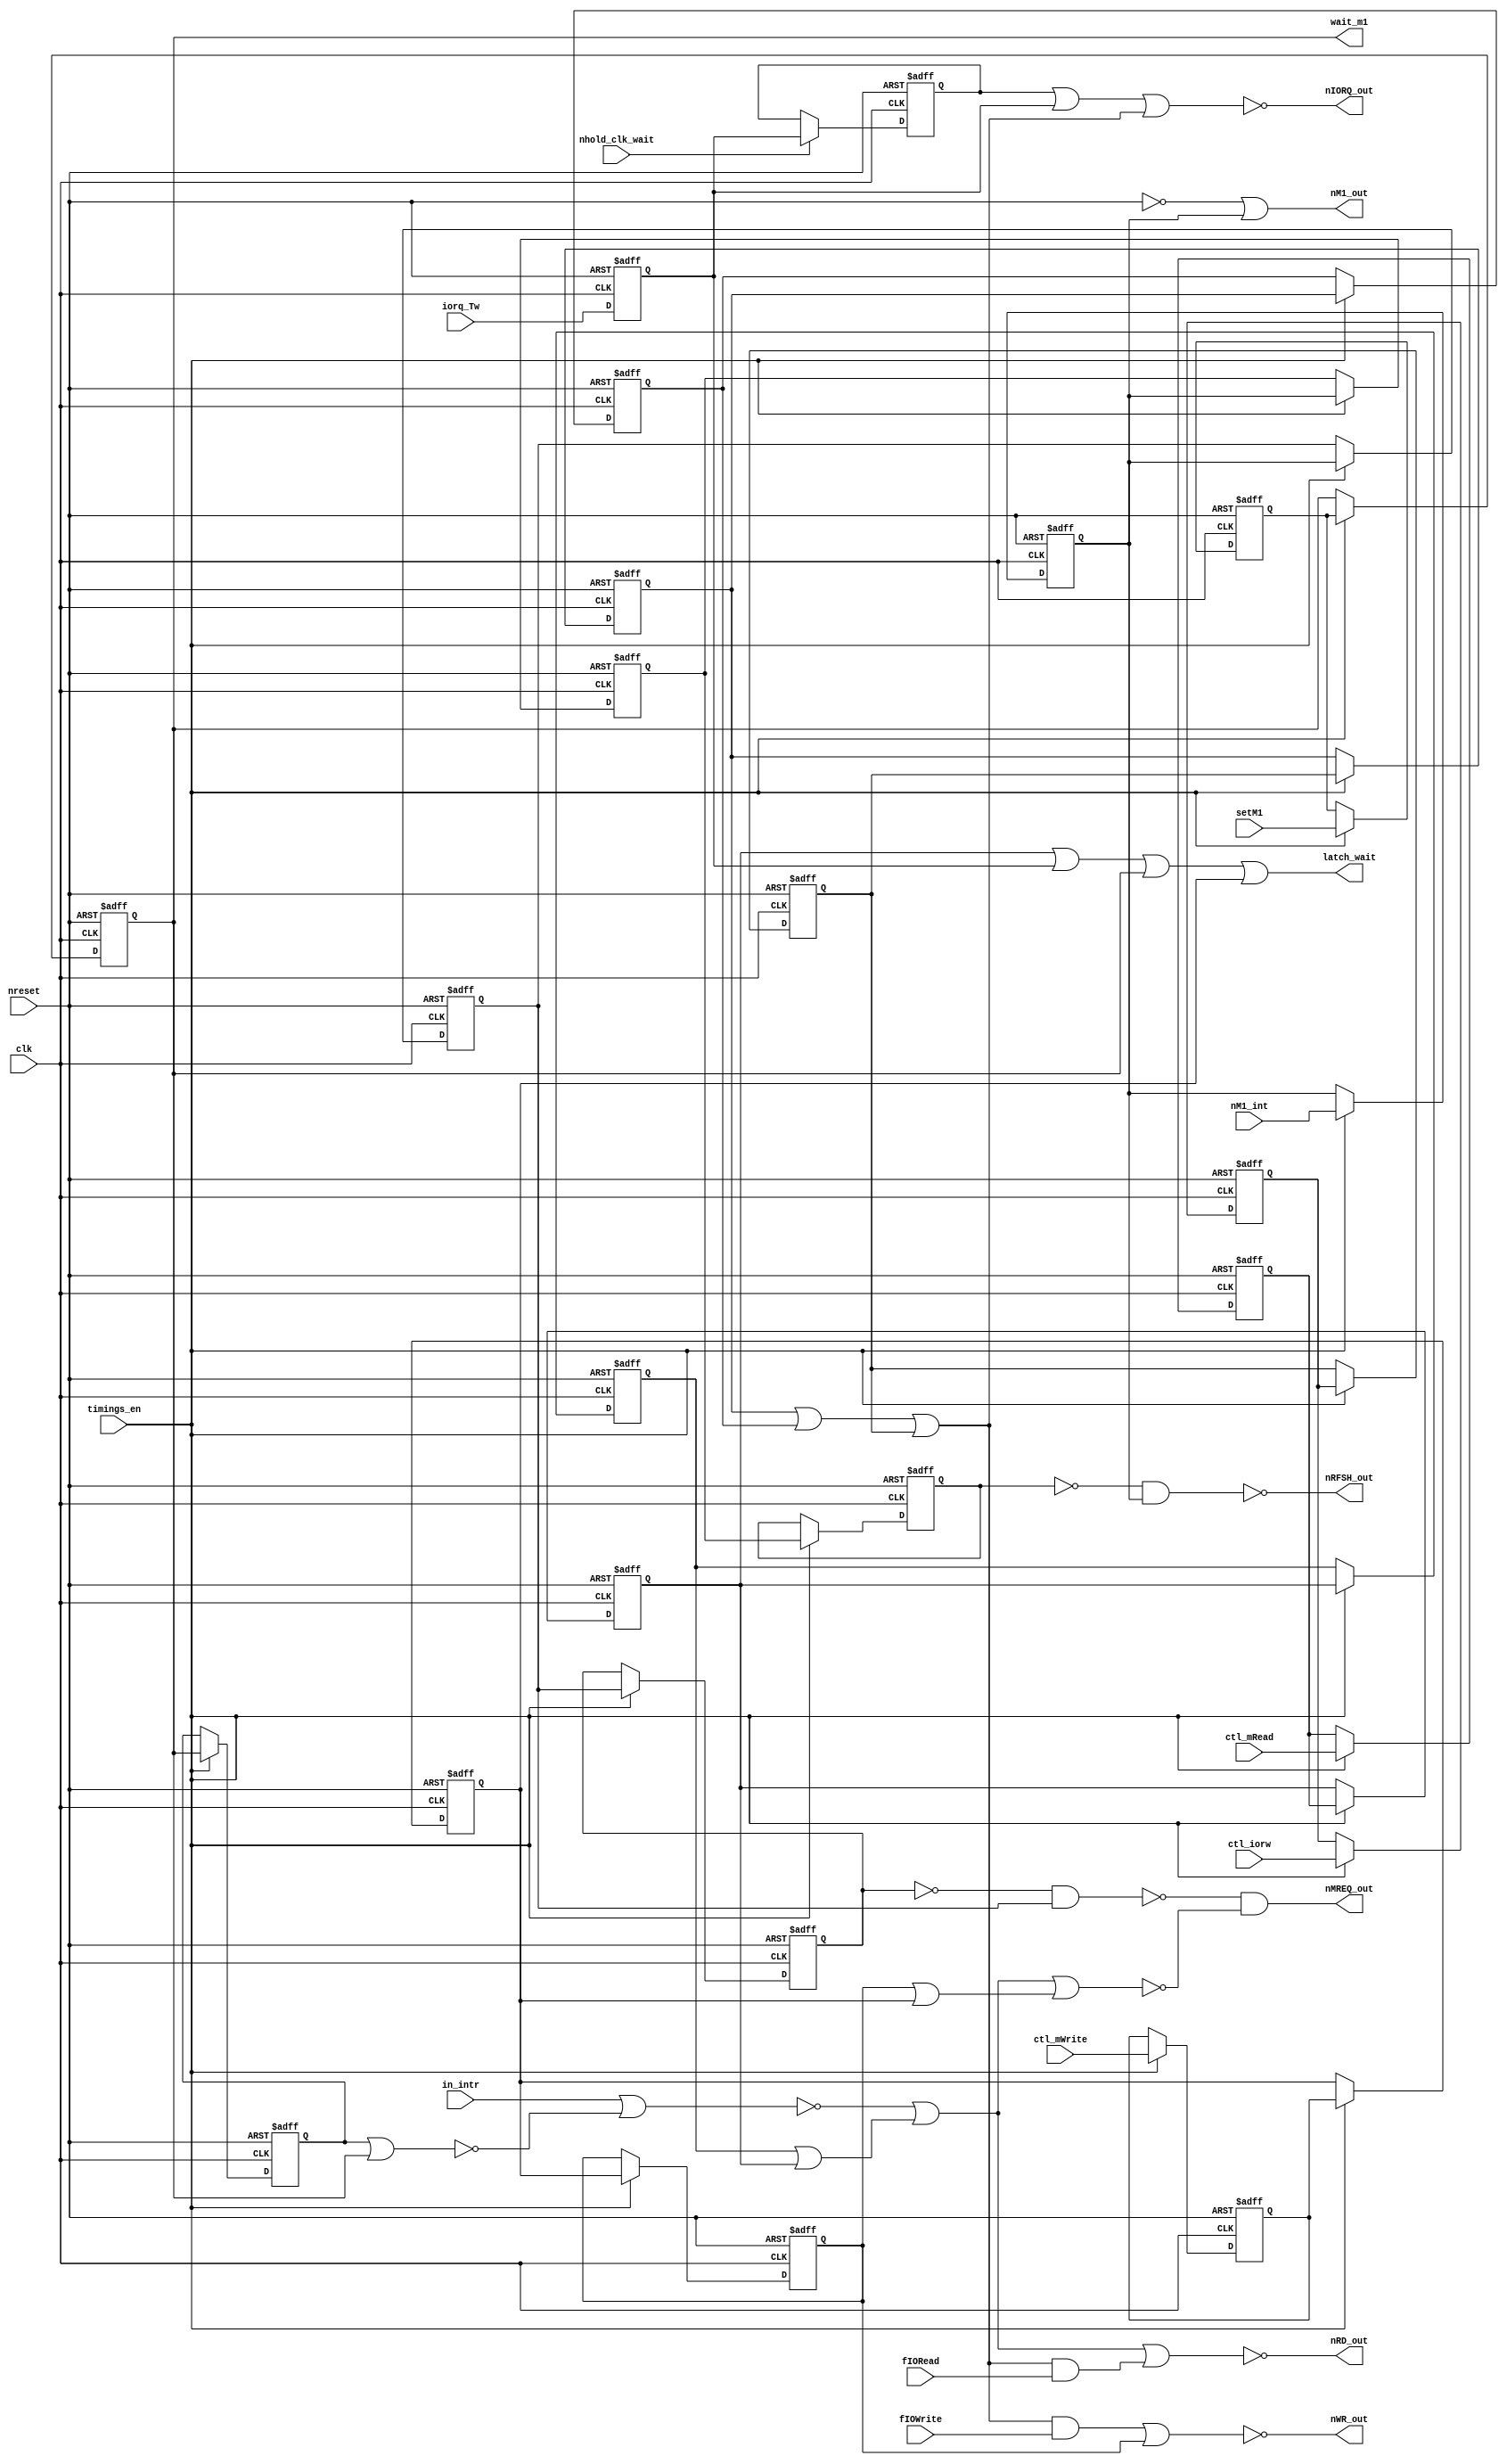
// Copyright (C) 1991-2013 Altera Corporation
// Your use of Altera Corporation's design tools, logic functions 
// and other software and tools, and its AMPP partner logic 
// functions, and any output files from any of the foregoing 
// (including device programming or simulation files), and any 
// associated documentation or information are expressly subject 
// to the terms and conditions of the Altera Program License 
// Subscription Agreement, Altera MegaCore Function License 
// Agreement, or other applicable license agreement, including, 
// without limitation, that your use is for the sole purpose of 
// programming logic devices manufactured by Altera and sold by 
// Altera or its authorized distributors.  Please refer to the 
// applicable agreement for further details.

// PROGRAM		"Quartus II 64-Bit"
// VERSION		"Version 13.0.1 Build 232 06/12/2013 Service Pack 1 SJ Web Edition"
// CREATED		"Sat Dec 10 09:02:54 2016"

module memory_ifc(
	clk,
	nM1_int,
	ctl_mRead,
	ctl_mWrite,
	in_intr,
	nreset,
	fIORead,
	fIOWrite,
	setM1,
	ctl_iorw,
	timings_en,
	iorq_Tw,
	nhold_clk_wait,
	nM1_out,
	nRFSH_out,
	nMREQ_out,
	nRD_out,
	nWR_out,
	nIORQ_out,
	latch_wait,
	wait_m1
);


input wire	clk;
input wire	nM1_int;
input wire	ctl_mRead;
input wire	ctl_mWrite;
input wire	in_intr;
input wire	nreset;
input wire	fIORead;
input wire	fIOWrite;
input wire	setM1;
input wire	ctl_iorw;
input wire	timings_en;
input wire	iorq_Tw;
input wire	nhold_clk_wait;
output wire	nM1_out;
output wire	nRFSH_out;
output wire	nMREQ_out;
output wire	nRD_out;
output wire	nWR_out;
output wire	nIORQ_out;
output wire	latch_wait;
output wire	wait_m1;

wire	intr_iorq;
wire	ioRead;
wire	iorq;
wire	ioWrite;
wire	m1_mreq;
wire	mrd_mreq;
wire	mwr_mreq;
reg	mwr_wr;
wire	nMEMRQ_int;
wire	nq2;
reg	q1;
reg	q2;
reg	wait_iorq;
reg	wait_m_ALTERA_SYNTHESIZED1;
reg	wait_mrd;
reg	wait_mwr;
wire	SYNTHESIZED_WIRE_0;
reg	DFFE_m1_ff3;
wire	SYNTHESIZED_WIRE_1;
reg	SYNTHESIZED_WIRE_15;
reg	DFFE_iorq_ff4;
reg	SYNTHESIZED_WIRE_16;
reg	DFFE_mrd_ff3;
reg	DFFE_intr_ff3;
wire	SYNTHESIZED_WIRE_2;
reg	SYNTHESIZED_WIRE_17;
wire	SYNTHESIZED_WIRE_3;
reg	SYNTHESIZED_WIRE_18;
wire	SYNTHESIZED_WIRE_19;
reg	DFFE_iorq_ff1;
reg	DFFE_m1_ff1;
reg	DFFE_mrd_ff1;
reg	DFFE_mwr_ff1;
reg	DFFE_mreq_ff2;




assign	nMREQ_out = SYNTHESIZED_WIRE_0 & nMEMRQ_int;

assign	ioRead = iorq & fIORead;

assign	SYNTHESIZED_WIRE_1 = ~(DFFE_m1_ff3 | wait_m_ALTERA_SYNTHESIZED1);

assign	m1_mreq = ~(in_intr | SYNTHESIZED_WIRE_1);

assign	iorq = SYNTHESIZED_WIRE_15 | DFFE_iorq_ff4 | SYNTHESIZED_WIRE_16;

assign	ioWrite = iorq & fIOWrite;

assign	latch_wait = wait_mrd | wait_iorq | wait_m_ALTERA_SYNTHESIZED1 | wait_mwr;

assign	nMEMRQ_int = ~(m1_mreq | mrd_mreq | mwr_mreq);

assign	nRD_out = ~(m1_mreq | mrd_mreq | ioRead);

assign	mrd_mreq = DFFE_mrd_ff3 | wait_mrd;

assign	nWR_out = ~(ioWrite | mwr_wr);

assign	mwr_mreq = mwr_wr | wait_mwr;

assign	nIORQ_out = ~(intr_iorq | iorq);

assign	intr_iorq = DFFE_intr_ff3 | wait_iorq;

assign	nM1_out = SYNTHESIZED_WIRE_2 | SYNTHESIZED_WIRE_17;

assign	SYNTHESIZED_WIRE_0 = ~(SYNTHESIZED_WIRE_3 & SYNTHESIZED_WIRE_18);

assign	nRFSH_out = ~(nq2 & SYNTHESIZED_WIRE_17);


always@(posedge SYNTHESIZED_WIRE_19 or negedge nreset)
begin
if (!nreset)
	begin
	wait_iorq <= 0;
	end
else
	begin
	wait_iorq <= iorq_Tw;
	end
end


always@(posedge clk or negedge nreset)
begin
if (!nreset)
	begin
	DFFE_intr_ff3 <= 0;
	end
else
if (nhold_clk_wait)
	begin
	DFFE_intr_ff3 <= wait_iorq;
	end
end


always@(posedge clk or negedge nreset)
begin
if (!nreset)
	begin
	DFFE_iorq_ff1 <= 0;
	end
else
if (timings_en)
	begin
	DFFE_iorq_ff1 <= ctl_iorw;
	end
end


always@(posedge clk or negedge nreset)
begin
if (!nreset)
	begin
	SYNTHESIZED_WIRE_16 <= 0;
	end
else
if (timings_en)
	begin
	SYNTHESIZED_WIRE_16 <= DFFE_iorq_ff1;
	end
end


always@(posedge SYNTHESIZED_WIRE_19 or negedge nreset)
begin
if (!nreset)
	begin
	SYNTHESIZED_WIRE_15 <= 0;
	end
else
if (timings_en)
	begin
	SYNTHESIZED_WIRE_15 <= SYNTHESIZED_WIRE_16;
	end
end


always@(posedge SYNTHESIZED_WIRE_19 or negedge nreset)
begin
if (!nreset)
	begin
	DFFE_iorq_ff4 <= 0;
	end
else
if (timings_en)
	begin
	DFFE_iorq_ff4 <= SYNTHESIZED_WIRE_15;
	end
end


always@(posedge clk or negedge nreset)
begin
if (!nreset)
	begin
	SYNTHESIZED_WIRE_17 <= 0;
	end
else
if (timings_en)
	begin
	SYNTHESIZED_WIRE_17 <= nM1_int;
	end
end


always@(posedge SYNTHESIZED_WIRE_19 or negedge nreset)
begin
if (!nreset)
	begin
	DFFE_m1_ff1 <= 1;
	end
else
if (timings_en)
	begin
	DFFE_m1_ff1 <= setM1;
	end
end


always@(posedge SYNTHESIZED_WIRE_19 or negedge nreset)
begin
if (!nreset)
	begin
	wait_m_ALTERA_SYNTHESIZED1 <= 0;
	end
else
if (timings_en)
	begin
	wait_m_ALTERA_SYNTHESIZED1 <= DFFE_m1_ff1;
	end
end


always@(posedge clk or negedge nreset)
begin
if (!nreset)
	begin
	DFFE_m1_ff3 <= 0;
	end
else
if (timings_en)
	begin
	DFFE_m1_ff3 <= wait_m_ALTERA_SYNTHESIZED1;
	end
end


always@(posedge clk or negedge nreset)
begin
if (!nreset)
	begin
	DFFE_mrd_ff1 <= 0;
	end
else
if (timings_en)
	begin
	DFFE_mrd_ff1 <= ctl_mRead;
	end
end


always@(posedge SYNTHESIZED_WIRE_19 or negedge nreset)
begin
if (!nreset)
	begin
	wait_mrd <= 0;
	end
else
if (timings_en)
	begin
	wait_mrd <= DFFE_mrd_ff1;
	end
end


always@(posedge SYNTHESIZED_WIRE_19 or negedge nreset)
begin
if (!nreset)
	begin
	DFFE_mrd_ff3 <= 0;
	end
else
if (timings_en)
	begin
	DFFE_mrd_ff3 <= wait_mrd;
	end
end


always@(posedge SYNTHESIZED_WIRE_19 or negedge nreset)
begin
if (!nreset)
	begin
	SYNTHESIZED_WIRE_18 <= 0;
	end
else
if (timings_en)
	begin
	SYNTHESIZED_WIRE_18 <= SYNTHESIZED_WIRE_17;
	end
end


always@(posedge SYNTHESIZED_WIRE_19 or negedge nreset)
begin
if (!nreset)
	begin
	DFFE_mreq_ff2 <= 0;
	end
else
if (timings_en)
	begin
	DFFE_mreq_ff2 <= SYNTHESIZED_WIRE_18;
	end
end


always@(posedge clk or negedge nreset)
begin
if (!nreset)
	begin
	DFFE_mwr_ff1 <= 0;
	end
else
if (timings_en)
	begin
	DFFE_mwr_ff1 <= ctl_mWrite;
	end
end


always@(posedge SYNTHESIZED_WIRE_19 or negedge nreset)
begin
if (!nreset)
	begin
	wait_mwr <= 0;
	end
else
if (timings_en)
	begin
	wait_mwr <= DFFE_mwr_ff1;
	end
end


always@(posedge SYNTHESIZED_WIRE_19 or negedge nreset)
begin
if (!nreset)
	begin
	mwr_wr <= 0;
	end
else
if (timings_en)
	begin
	mwr_wr <= wait_mwr;
	end
end

assign	SYNTHESIZED_WIRE_19 =  ~clk;

assign	nq2 =  ~q2;

assign	SYNTHESIZED_WIRE_2 =  ~nreset;

assign	SYNTHESIZED_WIRE_3 =  ~DFFE_mreq_ff2;


always@(posedge clk or negedge nreset)
begin
if (!nreset)
	begin
	q1 <= 0;
	end
else
if (timings_en)
	begin
	q1 <= SYNTHESIZED_WIRE_17;
	end
end


always@(posedge clk or negedge nreset)
begin
if (!nreset)
	begin
	q2 <= 0;
	end
else
if (timings_en)
	begin
	q2 <= q1;
	end
end

assign	wait_m1 = wait_m_ALTERA_SYNTHESIZED1;

endmodule